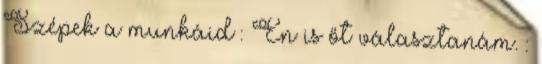
Szépek a munkáid : Én is őt választanám. :